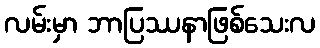
လမ်းမှာ ဘာပြဿနာဖြစ်သေးလ